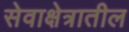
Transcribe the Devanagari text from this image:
सेवाक्षेत्रातील